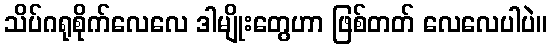
သိပ်ဂရုစိုက်လေလေ ဒါမျိုးတွေဟာ ဖြစ်တတ် လေလေပါပဲ။